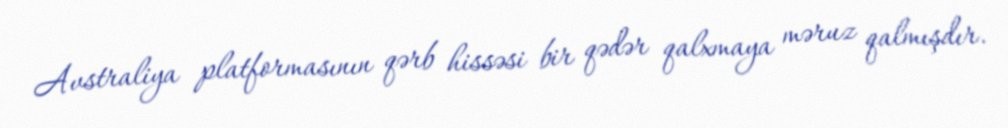
Avstraliya platformasının qərb hissəsi bir qədər qalxmaya məruz qalmışdır.